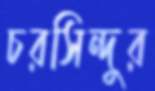
চরসিন্দুর